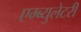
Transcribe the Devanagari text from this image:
एम्ब्युलेटरी